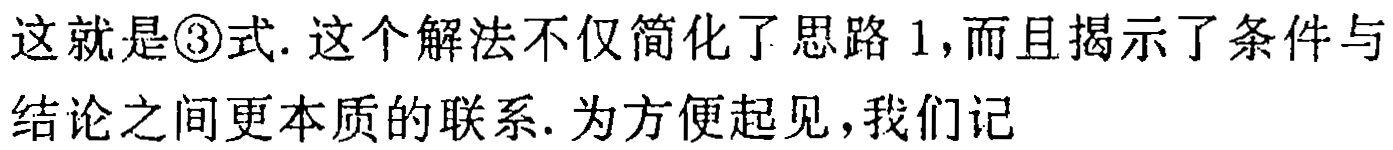
这就是\textcircled{3}式. 这个解法不仅简化了思路 1,而且揭示了条件与结论之间更本质的联系. 为方便起见,我们记